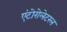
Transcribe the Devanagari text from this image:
एंटोरोलेटरल